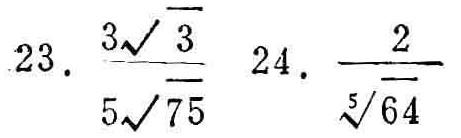
23. $\frac{3\sqrt{3}}{5\sqrt{75}}$ 24. $\frac{2}{\sqrt[5]{64}}$